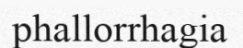
phallorrhagia